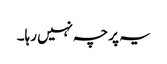
یہ پرچہ نہیں رہا۔